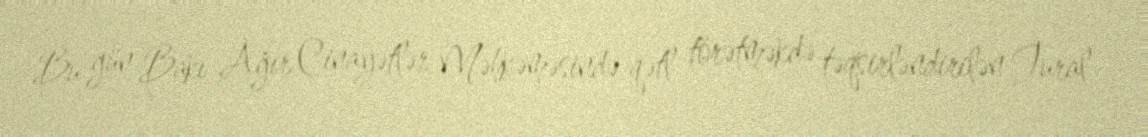
Bu gün Bakı Ağır Cinayətlər Məhkəməsində qətl törətməkdə təqsirləndirilən Tural